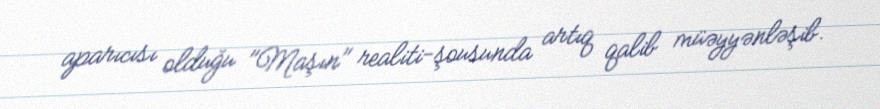
aparıcısı olduğu "Maşın" realiti-şousunda artıq qalib müəyyənləşib.